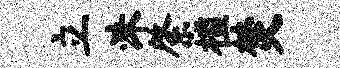
立洙綮槛焚